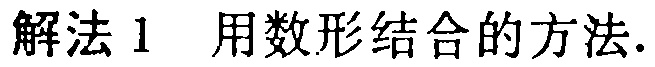
解法1 用数形结合的方法.